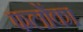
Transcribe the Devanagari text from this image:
फलोंका